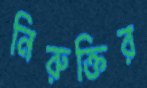
নিরুক্তির